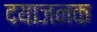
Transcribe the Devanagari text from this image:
दयाजनक